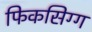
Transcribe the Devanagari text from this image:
फिकसिग्ग